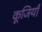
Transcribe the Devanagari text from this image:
कूजियाँ